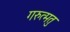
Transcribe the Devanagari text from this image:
गरुत्मतु